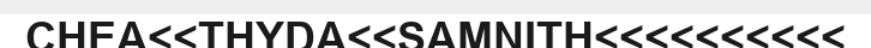
CHEA<<THYDA<<SAMNITH<<<<<<<<<<